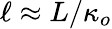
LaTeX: \ell\approx L/\kappa_{o}